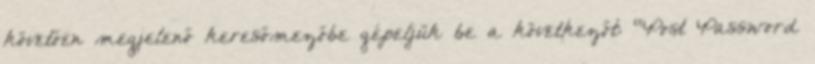
követően megjelenő keresőmezőbe gépeljük be a következőt: “Post Password